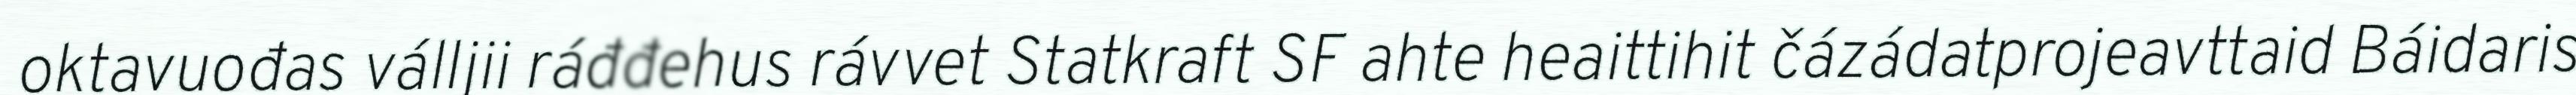
oktavuođas válljii ráđđehus rávvet Statkraft SF ahte heaittihit čázádatprojeavttaid Báidaris